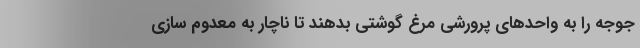
جوجه را به واحد‌های پرورشی مرغ گوشتی بدهند تا ناچار به معدوم سازی